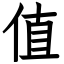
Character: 值